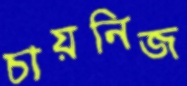
চায়নিজ